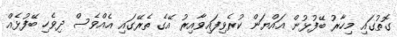
ގޮތުގައި މިހާރު ބޭފުޅުން އައްޔަން ކުރެވިފައިވާއިރު އޭގެ ތެރޭގައި އެއްވެސް ދިވެހި ބޭފުޅެއް